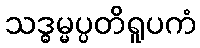
သဒ္ဓမ္မပ္ပတိရူပကံ